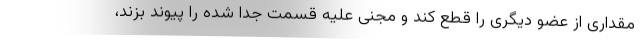
مقداری از عضو دیگری را قطع کند و مجنی علیه قسمت جدا شده را پیوند بزند،